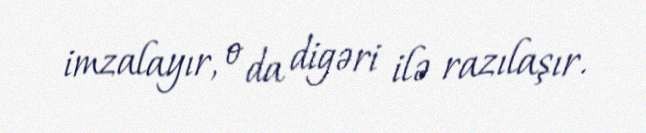
imzalayır, o da digəri ilə razılaşır.